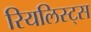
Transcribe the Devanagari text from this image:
रियलिस्ट्स